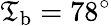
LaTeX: \mathfrak{T}_{\mathrm{{b}}}=78^{\circ}